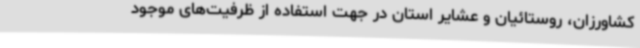
کشاورزان، روستائیان و عشایر استان در جهت استفاده از ظرفیت‌های موجود